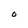
Character: O